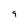
Character: 9